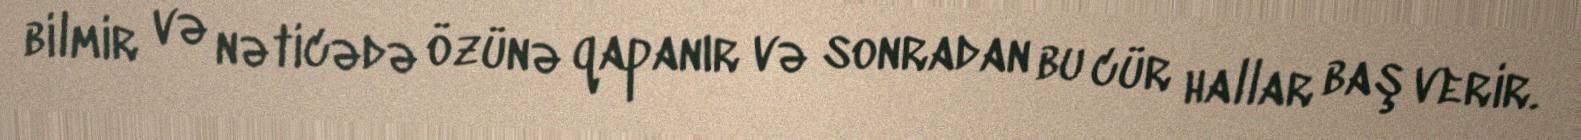
bilmir və nəticədə özünə qapanır və sonradan bu cür hallar baş verir.